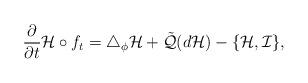
LaTeX: \begin{align*}\frac{\partial}{\partial t} {\cal H}\circ f_t=\triangle_\phi {\cal H}+\tilde{\cal Q}(d{\cal H})-\{{\cal H},{\cal I}\},\end{align*}